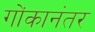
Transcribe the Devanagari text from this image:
गोंकानंतर